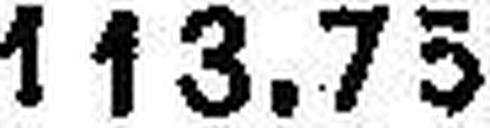
113.75